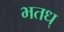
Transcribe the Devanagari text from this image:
भतध्